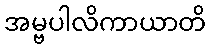
အမ္ဗပါလိကာယာတိ